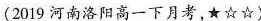
(2019 河南洛阳高一下月考,★☆☆)